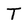
Character: T